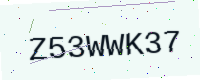
Text: Z53WWK37